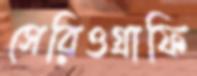
সেরিওগ্রাফি